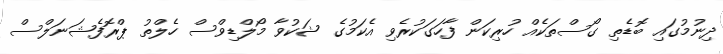
ދިނުމުގައި ބޮޑެތި ގޯސްތަކެއް ހުރިކަން ފާހަގަކުރެވި އެކަމުގެ ޝަކުވާ މޯލްޑިވްސް ހެލްތު ޕްރޮފެޝަނަލްސް